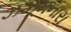
ઝઝૂમનારા